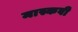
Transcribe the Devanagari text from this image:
मास्कवी